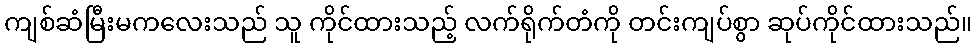
ကျစ်ဆံမြီးမကလေးသည် သူ ကိုင်ထားသည့် လက်ရိုက်တံကို တင်းကျပ်စွာ ဆုပ်ကိုင်ထားသည်။